Notes on vaccination in the North-West Frontier Province 1923-1928 - 1923-1928
Year: 1923
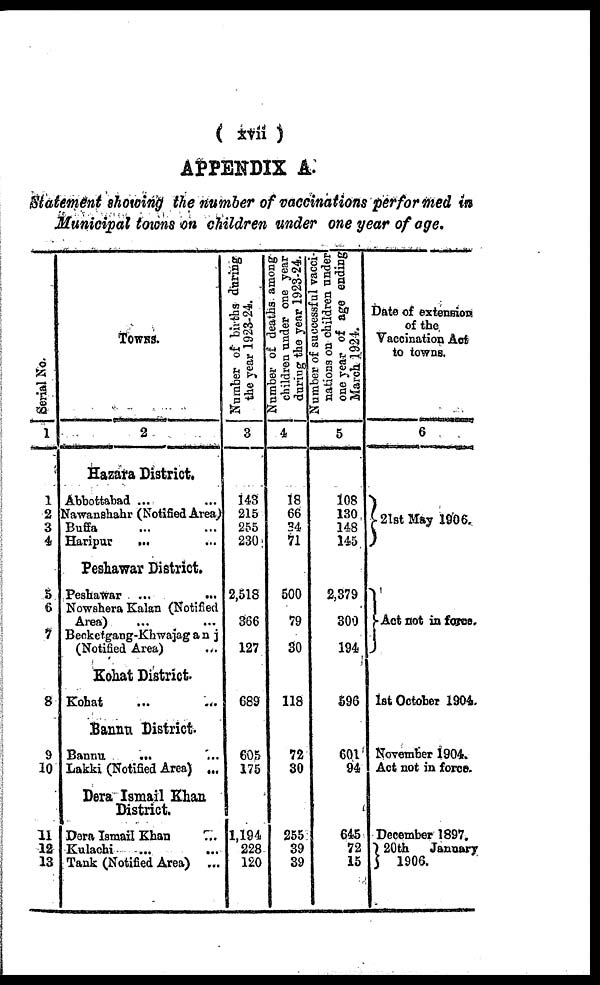
( xvii )
APPENDIX A.
Statement showing the number of vaccinations performed in
Municipal towns on children under one year of age.
Serial No.
1
1
2
3
4
5
6
7
8
9
10
11
12
13
TOWNS.
2
Hazara District.
Abbottabad ... ...
Nawanshahr (Notified Area)
Buffa ... ...
Haripur
... ...
Peshawar District.
Peshawar ...
...
Nowshera Kalan (Notified
Area) ... ...
Becketgang-Khwajaganj
(Notified Area) ...
Kohat District.
Kohat
...
...
Bannu District.
Bannu
...
...
Lakki (Notified Area) ...
Dera Ismail Khan
District.
Dera Ismail Khan
...
Kulachi ... ...
Tank (Notified Area) ...
Number of births during
the year 1923-24.
3
143
215
255
230
2,518
366
127
689
605
175
1,194
228
120
Number of deaths among
children under one year
during the year 1923-24.
4
18
66
34
71
500
79
30
118
72
30
255
39
39
Number of successful vacci-
nations on children under
one year of age ending
March 1924.
5
108
130
148
145
2,379
300
194
596
601
94
645
72
15
Date of extension
of the
Vaccination Act
to towns.
6
21st May 1906.
Act not in force.
1st October 1904.
November 1904.
Act not in force.
December 1897.
20th
January
1906.